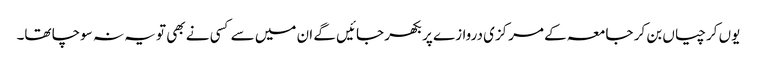
یوں کرچیاں بن کر جامعہ کے مرکزی دروازے پر بکھر جائیں گے ان میں سے کسی نے بھی تو یہ نہ سوچا تھا۔